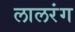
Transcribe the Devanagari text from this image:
लालरंग